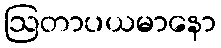
ဩတာပယမာနော